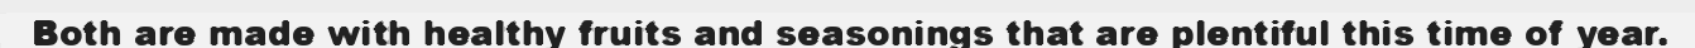
Both are made with healthy fruits and seasonings that are plentiful this time of year.